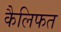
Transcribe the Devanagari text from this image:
कैलिफत